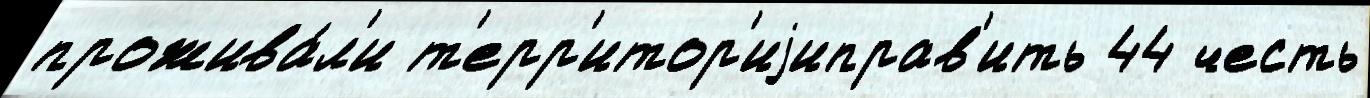
прожива́л'и т'ерр'итор'иjиправ'ить 44 честь